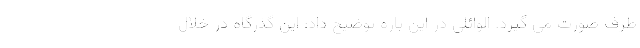
طرف صورت می گیرد. الوائلی در این باره توضیح داد: این گذرگاه در خلال